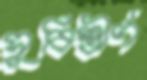
সুবিস্তীর্ণ